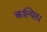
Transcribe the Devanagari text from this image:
कल्पित।